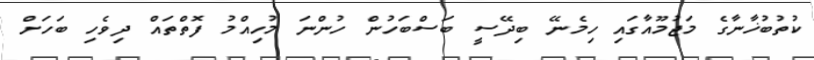
ކުތުބުޚާނާގެ މަޖުމޫއާގައި ހިމެނޭ ބިދޭސީ ބަސްބަހުން ހުންނަ މުހިއްމު ފޮތްތައް ދިވެހި ބަހަށް